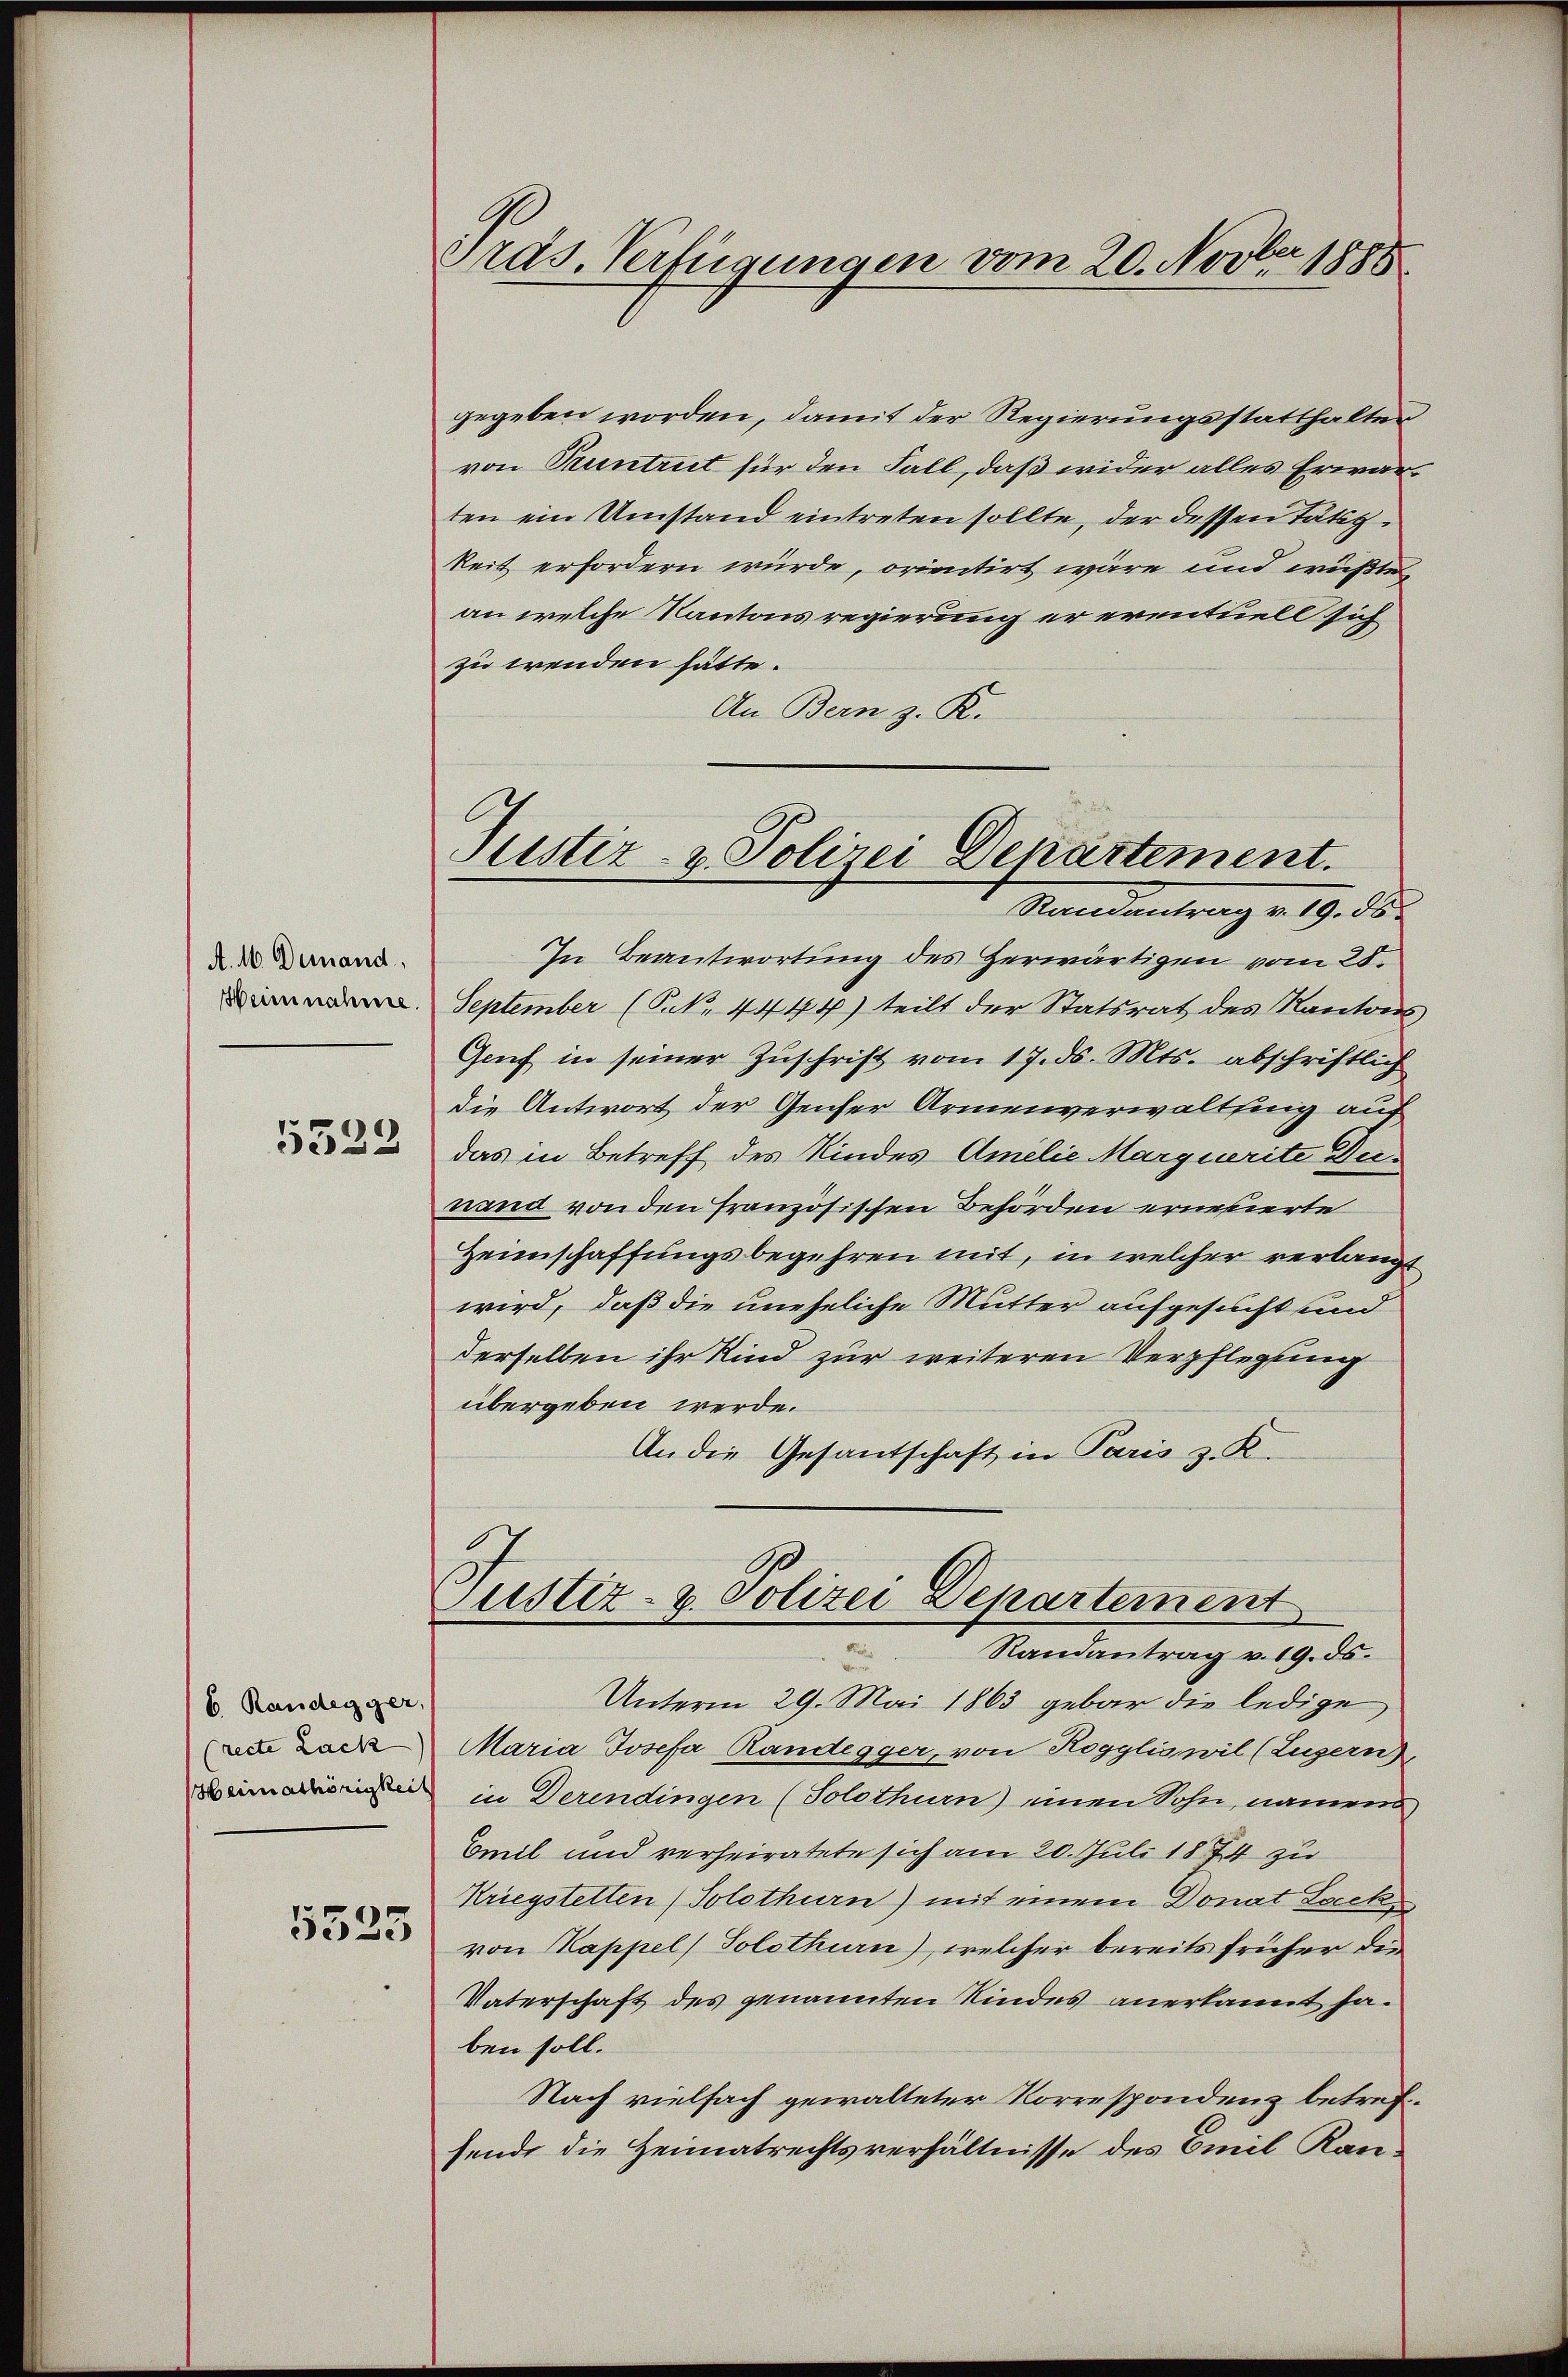
A. 16. Demand,
Heinnahme.
5532

6 Randegger,
(recte Lack

5525

Pras. Verfügungen vom 20. Novber 1888

gegeben worden, damit der Regierungsstatthalter
von Pruntrut für den Fall, daß wider alles Erwarten ein Umstand eintreten sollte, der dessen Tätigkeit erfordern würde, orientirt wäre und wüßte
an welche Kantons regierung er eventuell sich
zu wenden hätte.
An Bern z. R.
In Beantwortung des Herwärtigen vom 28.
September (S. N. 4444) teilt der Statsrat des Kantons
Genf in seiner Zuschrift vom 17. ds. Mts. abschriftlich
die Antwort der Gener Armenverwaltung auf
das in Betreff des Kindes Amelie Marquerite Deinand von den Französischen Behörden ernerierte
Heimschaffungsbegehren mit, in welcher verlangt
wird, daß die uneheliche Mutter aufgesucht und
derselben ihr Kind zur weiteren Verpflegung
übergeben werde.
An die Gesantschaft in Paris z. K.
Justiz- & Polizei Departement
Randantrag v. 19. ds.
2
Unterm 29. Mai 1863 gebar die ledige
Maria Josefa Randegger, von Roggliswil (Luzern),
eien in Derendingen (Solothurn) einen Sohn, namens
Emil und verheiratete sich am 20. Juli 1874 zu
Kriegstetten (Solothurn) mit einem Donat Locke
von Kappel) Solothurn), welcher bereits früher die
Vaterschaft des genannten Kindes anerkannt ja.
ben soll.
Nach vielfach gewalteter Korrespondenz betrefsende die Heimatrechtsverhältnisse des Emil Kan¬

Justiz- & Polizei Departement.
Ramantrag v. 19. ds.

e